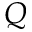
\boldsymbol { Q }